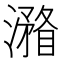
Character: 𣿧